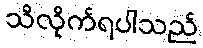
သိလိုက်ရပါသည်